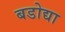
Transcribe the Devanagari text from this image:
बडोद्या